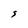
Character: S